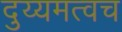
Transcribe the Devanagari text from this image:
दुय्यमत्वच